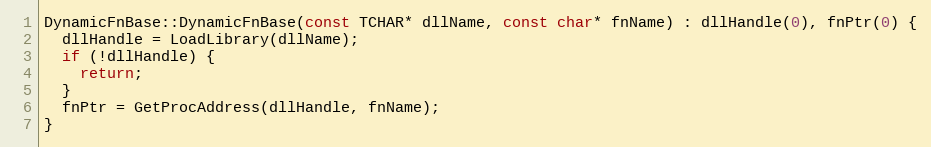
Language: C++
DynamicFnBase::DynamicFnBase(const TCHAR* dllName, const char* fnName) : dllHandle(0), fnPtr(0) {
  dllHandle = LoadLibrary(dllName);
  if (!dllHandle) {
    return;
  }
  fnPtr = GetProcAddress(dllHandle, fnName);
}